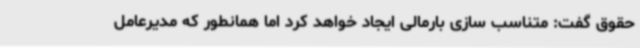
حقوق گفت: متناسب سازی بارمالی ایجاد خواهد کرد اما همانطور که مدیرعامل